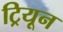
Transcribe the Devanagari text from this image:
ट्रियून